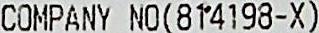
COMPANY NO(814198-X)